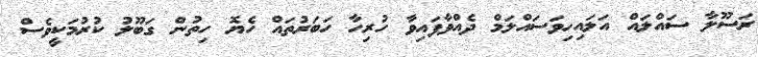
ރަސޫލާ ސައްލައް އަަލައިހިވަސައްލަމް ދެއްވާފައިވާ ހުރިހާ ހަބަރުތައް ހެޔޮ ހިތުން ގަބޫލު ކުރުމަކީވެސް